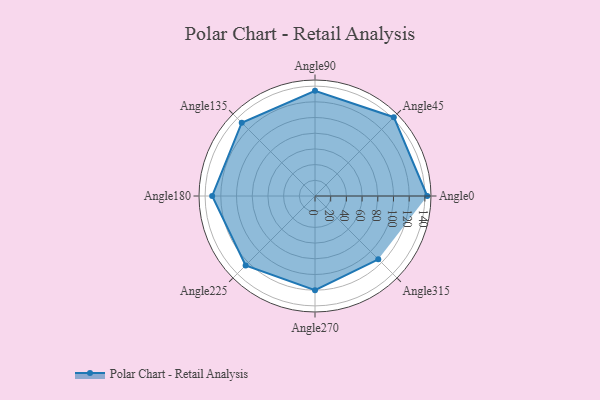
{"axis": {"x": "Angle", "y": "Radius"}, "legend": [""], "data": [{"x": "Angle0", "y": 143.0, "type": ""}, {"x": "Angle45", "y": 142.0, "type": ""}, {"x": "Angle90", "y": 134.0, "type": ""}, {"x": "Angle135", "y": 132.0, "type": ""}, {"x": "Angle180", "y": 131.0, "type": ""}, {"x": "Angle225", "y": 125.0, "type": ""}, {"x": "Angle270", "y": 120.0, "type": ""}, {"x": "Angle315", "y": 114.0, "type": ""}]}